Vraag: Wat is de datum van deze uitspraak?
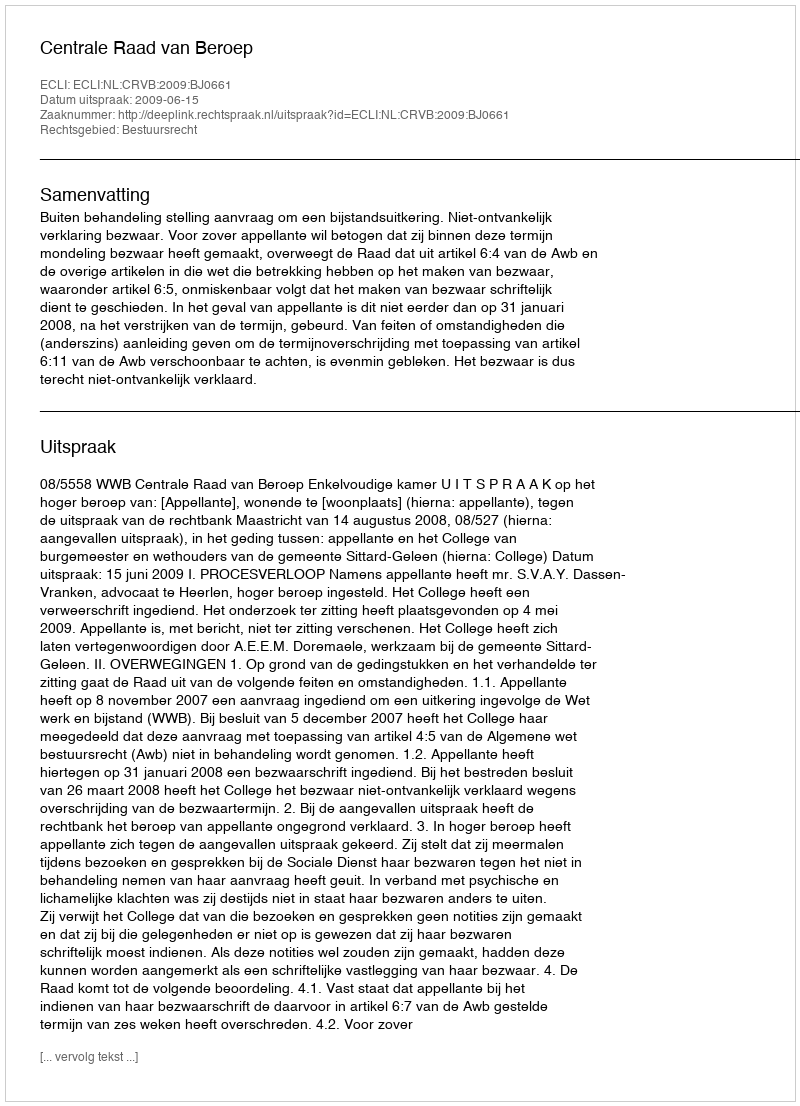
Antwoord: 2009-06-15